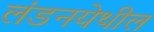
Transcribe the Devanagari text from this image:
लंडनयेथील